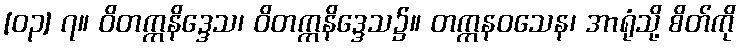
[၀၃] ၇။ ဝိတက္ကနိဒ္ဒေသ၊ ဝိတက္ကနိဒ္ဒေသ၌။ တက္ကနဝသေန၊ အာရုံသို့ စိတ်ကို